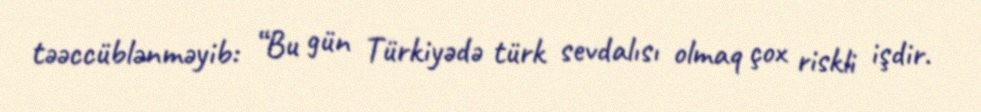
təəccüblənməyib: “Bu gün Türkiyədə türk sevdalısı olmaq çox riskli işdir.